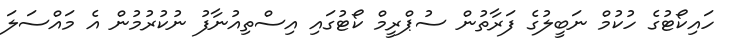
ހައިކޯޓުގެ ހުކުމް ނަބީލުގެ ފަރާތުން ސުޕްރީމް ކޯޓުގައި އިސްތިއުނާފު ނުކުރުމުން އެ މައްސަލަ